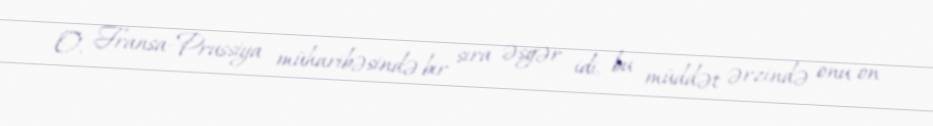
O, Fransa-Prussiya müharibəsində bir sıra əsgər idi, bu müddət ərzində onu on